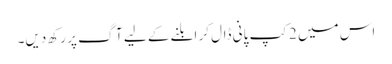
اس میں 2کپ پانی ڈال کر ابلنے کے لیے آگ پر رکھ دیں۔